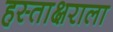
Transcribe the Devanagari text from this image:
हस्ताक्षराला